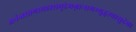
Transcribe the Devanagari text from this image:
अनंन्तसागरमहासमुद्रेमग्नान्समभ्युद्धरवासुदेव।